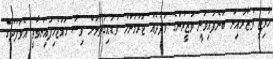
ހާރިޖީ ވުޒާރާއިން ބުނެފައިވަނީ ވަޒީރުންގެ ވަފުދެއް ޖަރުމަނަށް ވަޑައިގަތުމަށް ވިސާ ހަމަޖެހިފައިނުވާތީ އެވަފުދުގެ